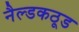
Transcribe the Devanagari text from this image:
नैल्डकठूड